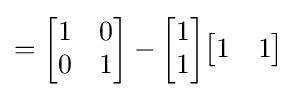
={\begin{bmatrix}1&0\\0&1\end{bmatrix}}-{\begin{bmatrix}1\\1\end{bmatrix}}{\begin{bmatrix}1&1\end{bmatrix}}